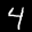
Label: 4